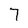
Character: 7